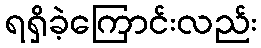
ရရှိခဲ့ကြောင်းလည်း